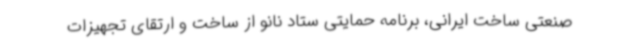
صنعتی ساخت ایرانی، برنامه حمایتی ستاد نانو از ساخت و ارتقای تجهیزات